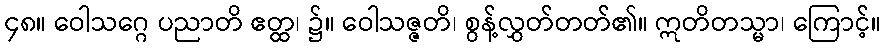
၄၈။ ဝေါသဂ္ဂေ ပညာတိ ဧတ္ထ၊ ၌။ ဝေါသဇ္ဇတိ၊ စွန့်လွှတ်တတ်၏။ ဣတိတသ္မာ၊ ကြောင့်။